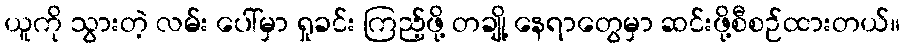
ယူကို သွားတဲ့ လမ်း ပေါ်မှာ ရှုခင်း ကြည့်ဖို့ တချို့ နေရာတွေမှာ ဆင်းဖို့စီစဉ်ထားတယ်။